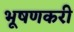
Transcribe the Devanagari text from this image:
भूषणकरी